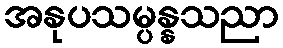
အနုပသမ္ပန္နသညာ